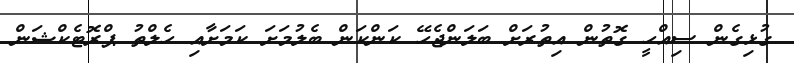
ގުޅިގެން ސިއްހީ ގޮތުން އިތުރަށް ބަލަންޖެހޭ ކަންކަން ބެލުމަށަ ކަމަށާއި ހެލްތު ޕްރޮޓެކްޝަން